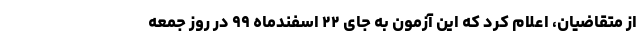
از متقاضیان، اعلام کرد که این آزمون به جای ۲۲ اسفندماه ۹۹ در روز جمعه